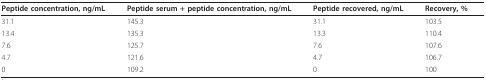
<table><thead><tr><td><b>Peptide concentration, ng/mL</b></td><td><b>Peptide serum + peptide concentration, ng/mL</b></td><td><b>Peptide recovered, ng/mL</b></td><td><b>Recovery, %</b></td></tr></thead><tbody><tr><td>31.1</td><td>145.3</td><td>31.1</td><td>103.5</td></tr><tr><td>13.4</td><td>135.3</td><td>13.3</td><td>110.4</td></tr><tr><td>7.6</td><td>125.7</td><td>7.6</td><td>107.6</td></tr><tr><td>4.7</td><td>121.6</td><td>4.7</td><td>106.7</td></tr><tr><td>0</td><td>109.2</td><td>0</td><td>100</td></tr></tbody></table>